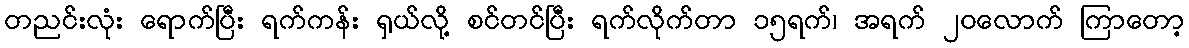
တညင်းလုံး ရောက်ပြီး ရက်ကန်း ရှယ်လို့ စင်တင်ပြီး ရက်လိုက်တာ ၁၅ရက်၊ အရက် ၂၀လောက် ကြာတော့